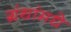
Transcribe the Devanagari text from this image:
ग्रंथांमधे